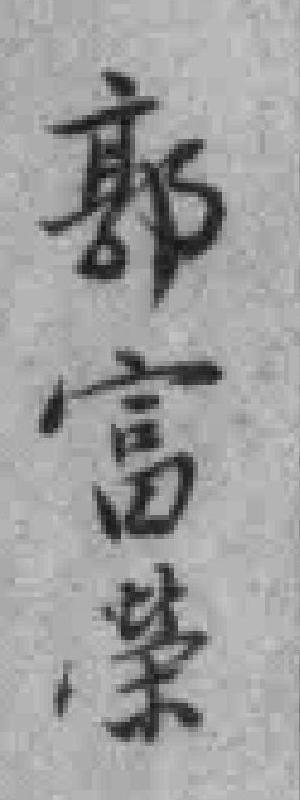
郭富榮